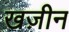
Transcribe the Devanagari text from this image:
खज़ीन